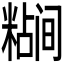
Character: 𬖷